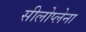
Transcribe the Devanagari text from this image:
सीलोप्लेना